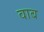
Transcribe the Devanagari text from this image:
वाब